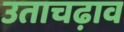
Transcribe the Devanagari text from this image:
उताचढ़ाव